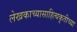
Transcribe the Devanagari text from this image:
लेखकाच्यासाहित्यकृतीच्या